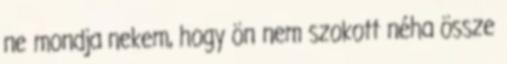
ne mondja nekem, hogy ön nem szokott néha össze